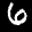
Label: 6